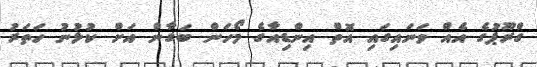
ގްރޫޕުގެ އެއް ވަނައިގައި އޮތް އިންޑިއާގެ މޯހަން ބަގާން އަށް ކުޅުނު ހަތަރު